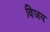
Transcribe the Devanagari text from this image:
विजय